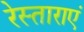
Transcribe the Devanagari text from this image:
रेस्ताराएं